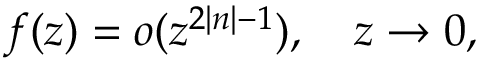
f ( z ) = o ( z ^ { 2 \left| n \right| - 1 } ) , \quad z \rightarrow 0 ,